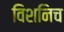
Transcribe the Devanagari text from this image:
विशनिच